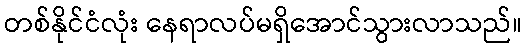
တစ်နိုင်ငံလုံး နေရာလပ်မရှိအောင်သွားလာသည်။